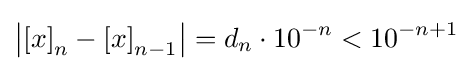
\left\vert \left[x\right]_{n}-\left[x\right]_{n-1}\right\vert =d_{n}\cdot 10^{-n}<10^{-n+1}